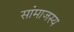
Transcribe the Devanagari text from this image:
सांमाजस्य